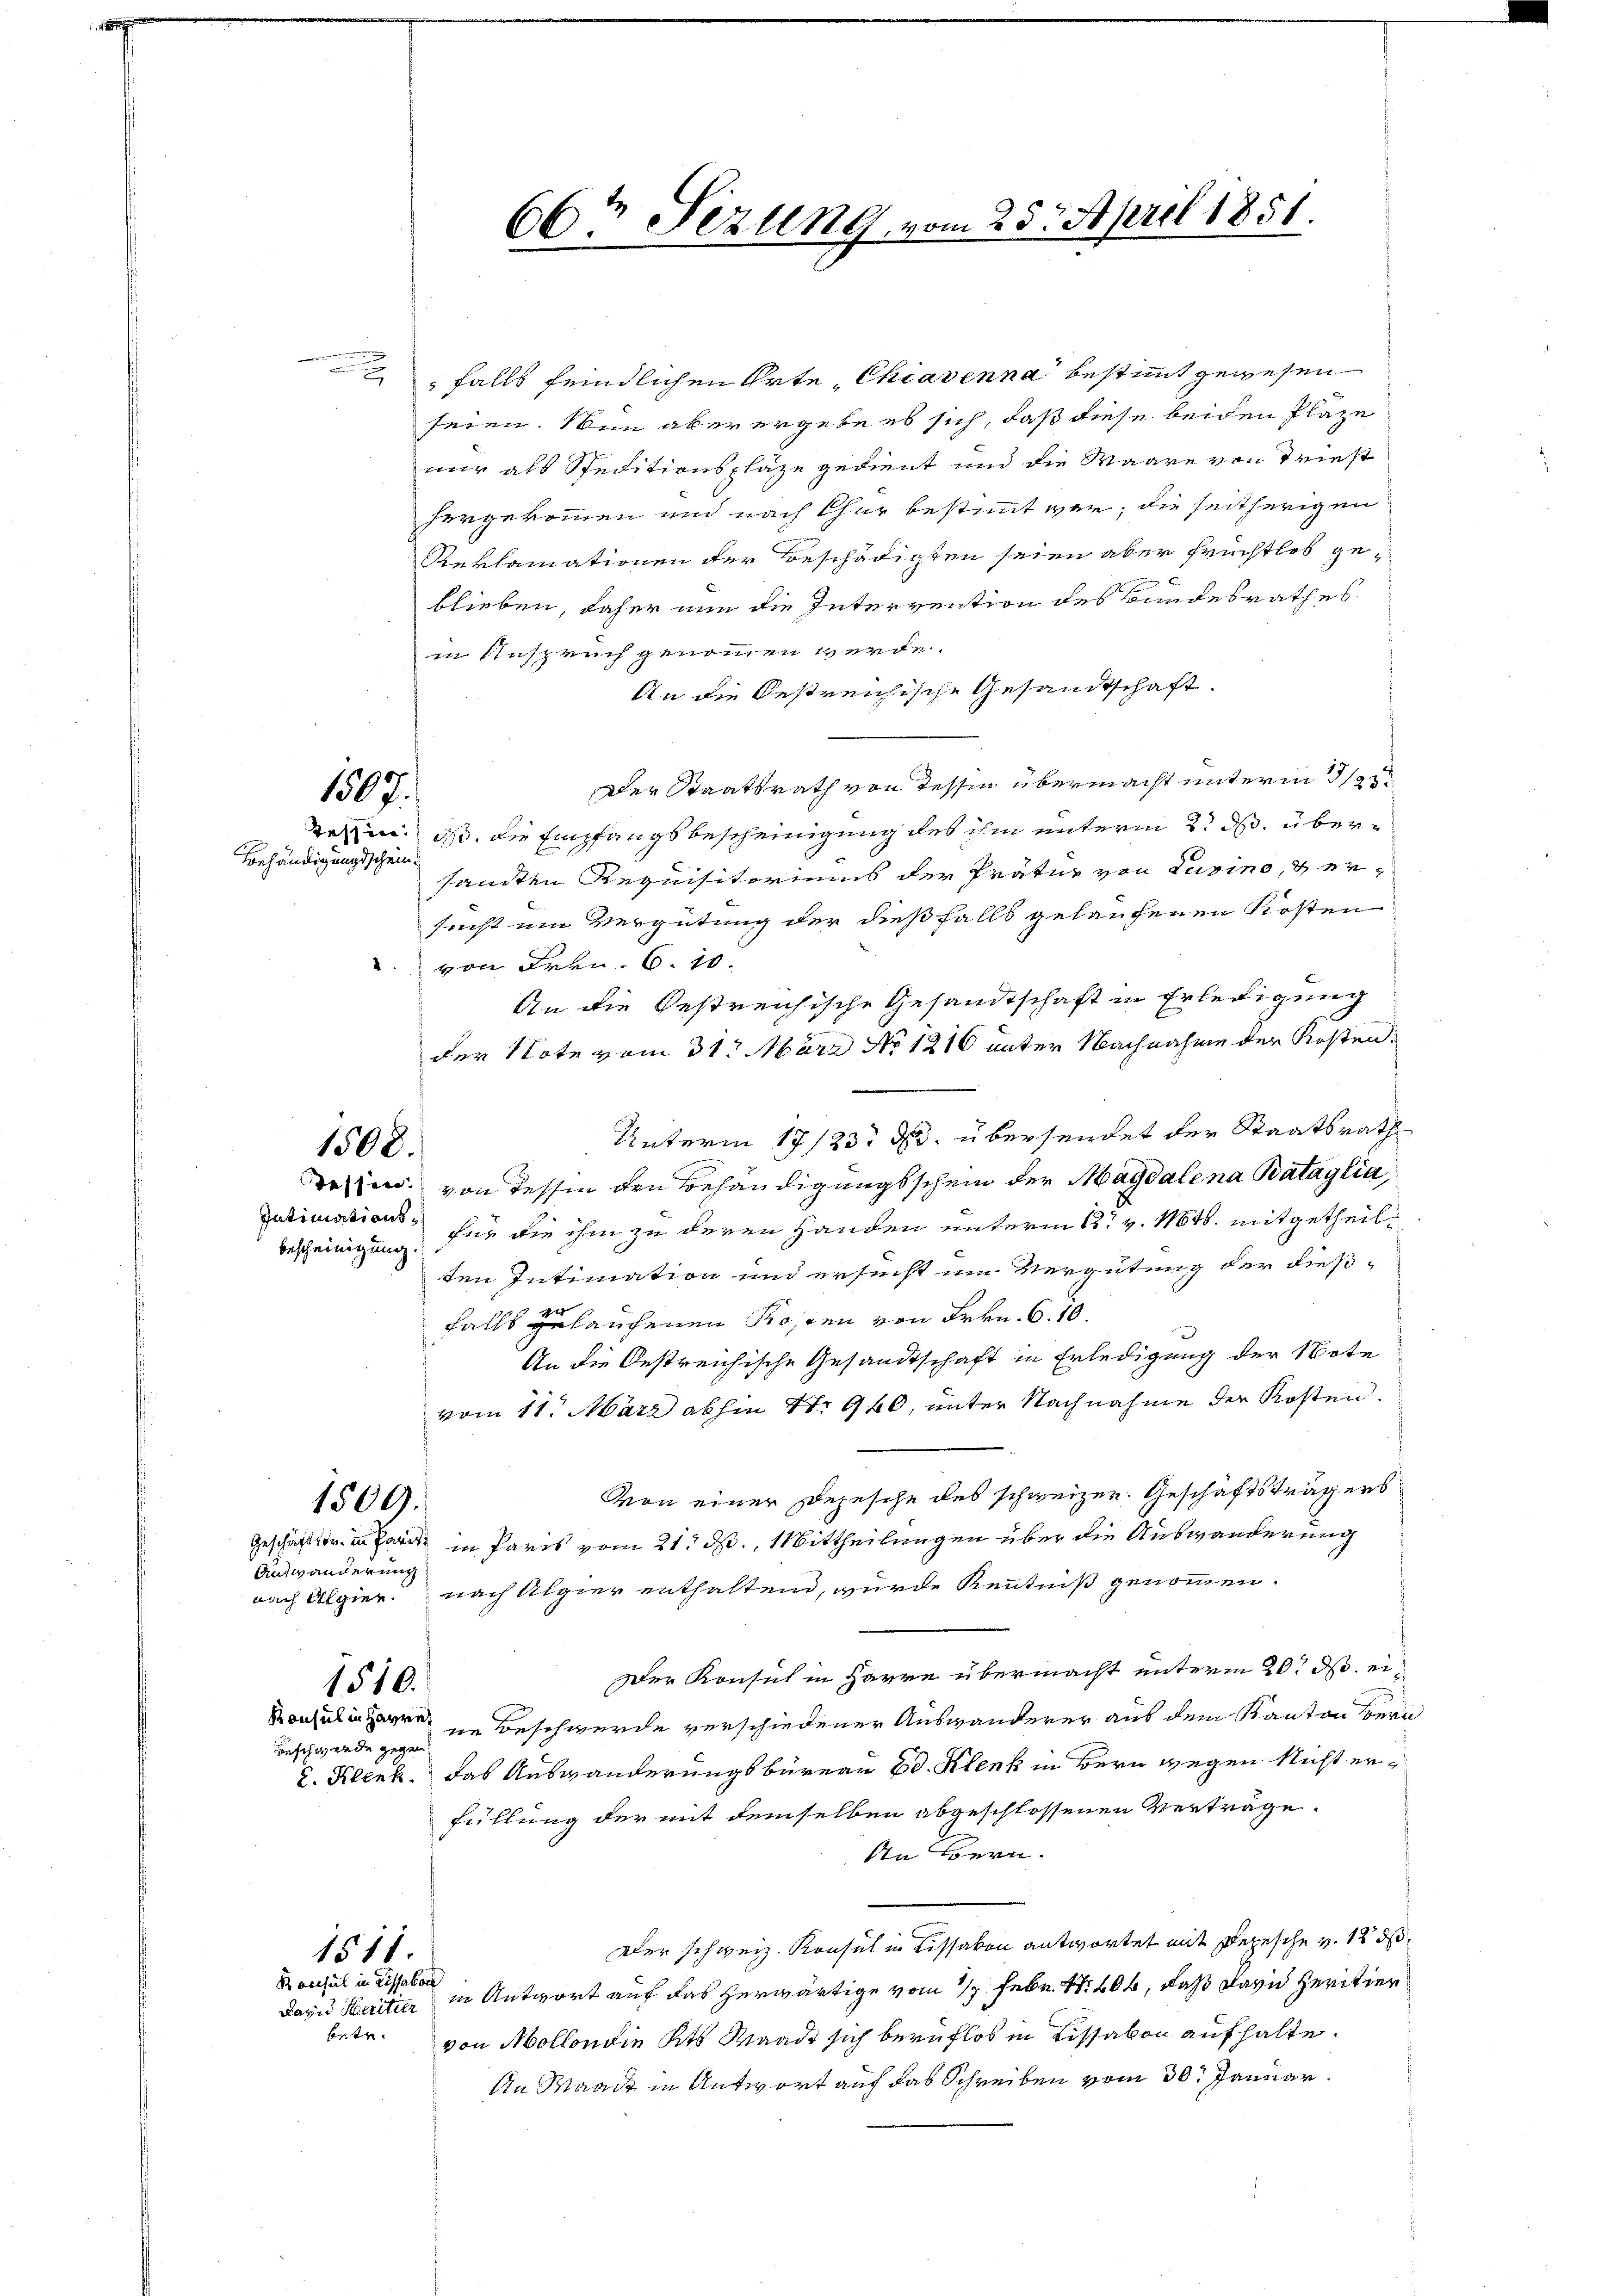
1307.

Behändigungsschein

1508.

bescheinigung.

Aufwanderung
Beschwerde gegen

falls feindlichen Orte, Chiavenna bestimmt gewesen
seien. Nun aber ergebe es sich, daß diese beiden Plaze
nur als Speditionsplaze gedient und die Waare von Triest
hergekommen und nach Chur bestimmt war, die seitherigen
Reklamationen der Beschädigten seien aber Früchtlos ge¬

blieben, daher nun die Intervention des Bundesrathes
in Anspruch genommen werde.
An die bestreichische Gesandtschaft.
Der Staatsrath von Tessin übermacht unterm 5/25.
derin, daß die Empfangsbescheinigung des ihm unterm 2. ds. übersandten Requisitoriums der Prätur von Cuvino, & ersucht ein Vergütung der dießfalls gelaufenen Kosten
 von Frkn. 6. 10.
An die bestreichische Gesandtschaft in Erledigung
der Note vom 31. März No. 1216 unter Nachnahme der Kosten¬
Unterm 17/23. ds. übersendet der Staatsrath
derin von Tessin den Behändigungsschein der Magdalena Bataglia,
Intimations, für die ihm zu deren Handen unterm 2t v. Mts. mitgetheilten Intimation und ersucht im Vergütung der dieß-

falls gelauchenen Rosen von Frkn. 6. 10.
An die Oestreichische Gesandtschaft in Erledigung der Note
vom 11. März abhin 17. 940, unter Nachnahme der Kosten.
Von einer Depesche des schweizer. Geschäftsträgers
1509.
Geschäften in er in Paris vom 21. d. Mittheilungen über die Auswanderung
nach Algier nach Algier enthaltend, wurde Kenntniß genommen.
Der Konsul in Harre übermacht unterm 20t J. ei¬
1510.
Konsulare Beschwerde verschiedener Auswanderer aus dem Kanton Ver
2. Klenk. Das Auswanderungsbureau Ed. Klenk in Bern wegen Nicht erfüllung der mit demselben abgeschlossenen Verträge.
In Bern.
Der schweiz. Konsul in Lissakon antwortet mit Depesche v. 12 d
1511.
Dazu Meritier in Antwort auf das herwärtige vom 1/2 Febr. S. 406, daß David Heritiervon Mollon die Kts Waadt sich beruflos in Lissakon aufhalte.
An Waadt in Antwort auf das Schreiben vom 30. Januar

Rocisul in Lissabon

betr.

66ten Fezung vom 25. April 1851.
e